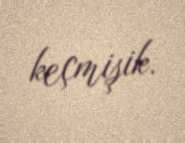
keçmişik.